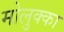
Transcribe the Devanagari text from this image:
मोलुक्का